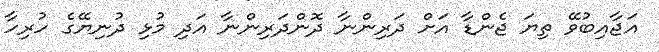
އަޖާއިބުވޭ ތިޔަ ޖެންޑާ އަށް ދަރިންނާ ދޮންދަރިންނާ އަދި މުޅި ދުނިޔޭގެ ހުރިހާ